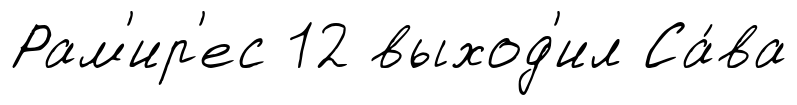
Рам'ир'ес 12 выход'ил Са́ва